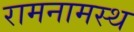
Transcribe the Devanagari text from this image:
रामनामस्थ